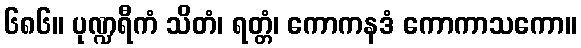
၆၈၆။ ပုဏ္ဍရီကံ သိတံ၊ ရတ္တံ၊ ကောကနဒံ ကောကာသကော။